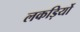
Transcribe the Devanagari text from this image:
लकड़िर्यो